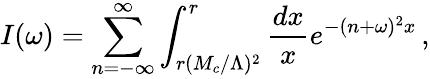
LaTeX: I(\omega)=\sum_{n=-\infty}^{\infty}\int_{r(M_{c}/\Lambda)^{2}}^{r}\frac{dx}{x}e^{-(n+\omega)^{2}x}\, ,